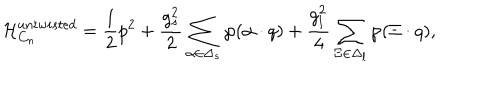
{ \cal H } _ { C _ { n } } ^ { u n t w i s t e d } = { \frac { 1 } { 2 } } p ^ { 2 } + { \frac { g _ { s } ^ { 2 } } { 2 } } \sum _ { \alpha \in \Delta _ { s } } \wp ( \alpha \cdot q ) + { \frac { g _ { l } ^ { 2 } } { 4 } } \sum _ { \Xi \in \Delta _ { l } } \wp ( \Xi \cdot q ) ,